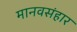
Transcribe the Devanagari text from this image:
मानवसंहार